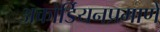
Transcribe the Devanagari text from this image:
अकोर्डियनप्रमाणे